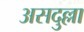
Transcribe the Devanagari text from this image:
असदुल्ला